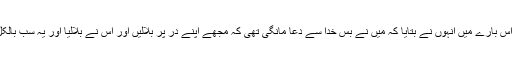
فیروز خان نے گزشتہ برس حج کی سعادت حاصل کی تھی اس بارے میں انہوں نے بتایا کہ میں نے بس خدا سے دعا مانگی تھی کہ مجھے اپنے در پر بلالیں اور اس نے بلالیا اور یہ سب بالکل آخر میں ہوا جب حج پر جانے کی کوئی امید بھی نہیں تھی۔